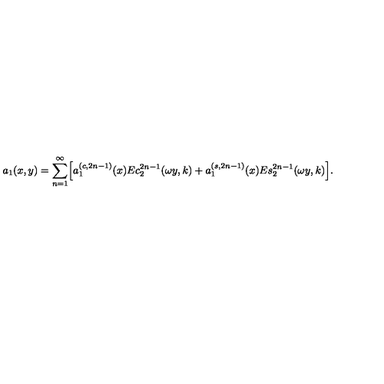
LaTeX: a _ { 1 } ( x , y ) = \sum _ { n = 1 } ^ { \infty } \Bigl [ a _ { 1 } ^ { ( c , 2 n - 1 ) } ( x ) E c _ { 2 } ^ { 2 n - 1 } ( \omega y , k ) + a _ { 1 } ^ { ( s , 2 n - 1 ) } ( x ) E s _ { 2 } ^ { 2 n - 1 } ( \omega y , k ) \Bigr ] .